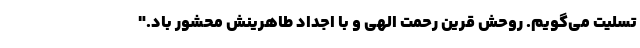
تسلیت می‌گویم. روحش قرین رحمت الهی و با اجداد طاهرینش محشور باد."